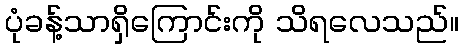
ပုံခန့်သာရှိကြောင်းကို သိရလေသည်။